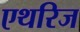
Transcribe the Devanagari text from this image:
एथरिज